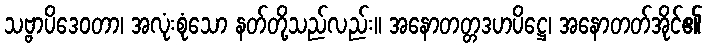
သဗ္ဗာပိဒေဝတာ၊ အလုံးစုံသော နတ်တို့သည်လည်း။ အနောတတ္တဒဟပိဋ္ဌေ၊ အနောတတ်အိုင်၏